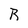
Character: R